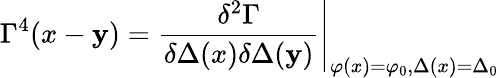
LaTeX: \Gamma^{4}(x-\mathbf{y})=\left.\frac{{\delta^{2}\Gamma}}{{\delta\Delta(x)\delta\Delta(\mathbf{y})}}\right|_{\varphi(x)=\varphi_{0},\Delta(x)=\Delta_{0}}